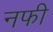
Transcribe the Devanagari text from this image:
नफी